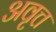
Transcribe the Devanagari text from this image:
अवृत्त